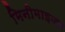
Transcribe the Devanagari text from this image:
मिनीमाइज़र